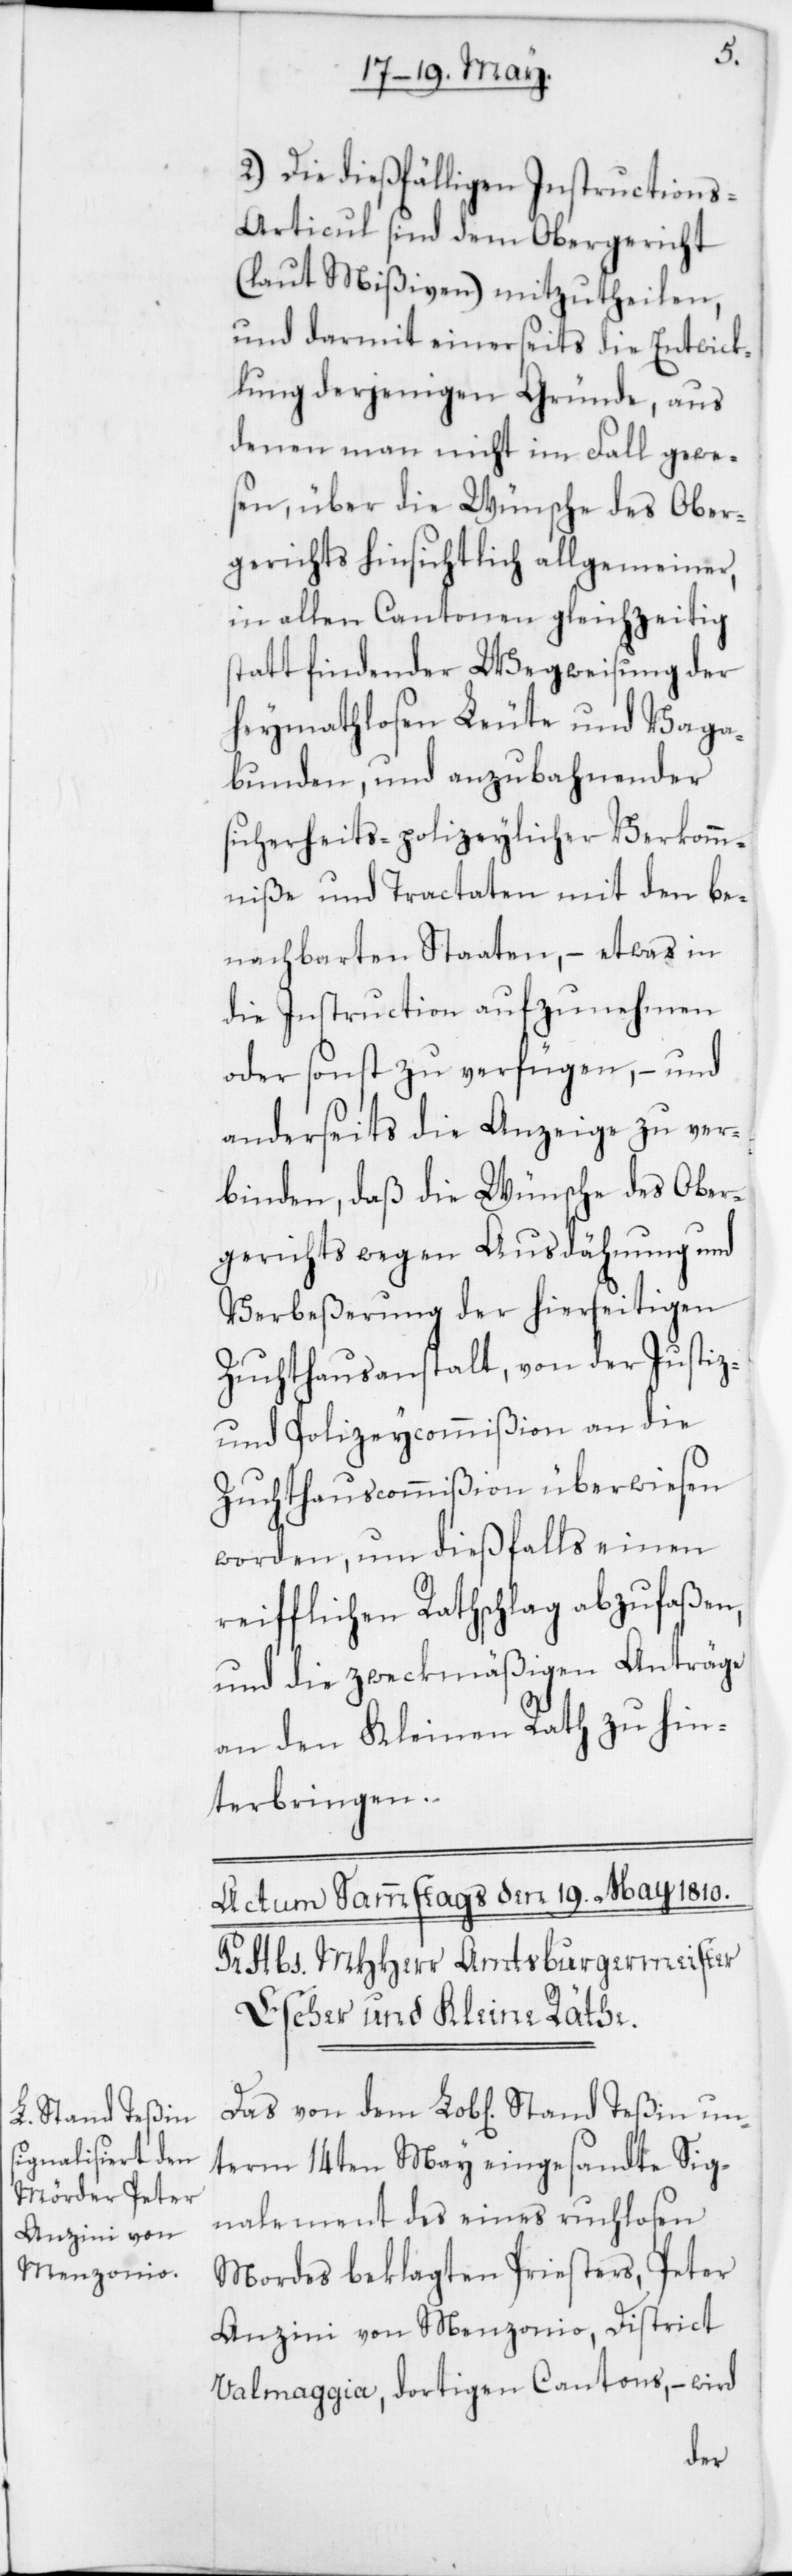
Stand Teßin

un¬
2. Die dießfälligen Instructions-A¬
rticul sind dem Obergericht
(laut Mißiven) mitzutheilen,
und darmit einerseits die Entwick¬
lung derjenigen Gründe, aus
denen man nicht im Fall gewe¬
sen, über die Wünsche des Ober¬
gerichts hinsichtlich allgemeiner,
in allen Cantonen gleichzeitig
stattfindender Wegweisung der
heymathlosen Leute und Vaga¬
bunden, und anzubahnender
sicherheits-polizeylicher Verkomm¬
niße und Tractaten mit den be¬
nachbarten Staaten, – etwas in
die Instruction aufzunehmen
oder sonst zu verfügen, – und
anderseits die Anzeige zu ver¬
binden, daß die Wünsche des Ober¬
gerichts wegen Ausdähnung und
Verbeßerung der hierseitigen
Zuchthausanstalt, von der Justiz-
und Polizeycommißion an die
Zuchthauscommißion überwiesen
worden, um dießfalls einen
reiflichen Rathschlag abzufaßen,
und die zweckmäßigen Anträge
an den Kleinen Rath zu hin¬
terbringen.
term 14ten May eingesandte Sig¬
nalement des eines ruchlosen
Mordes beklagten Priesters, Peter
Anzini von Menzonio, District
Valmaggia, dortigen Cantons, – wird